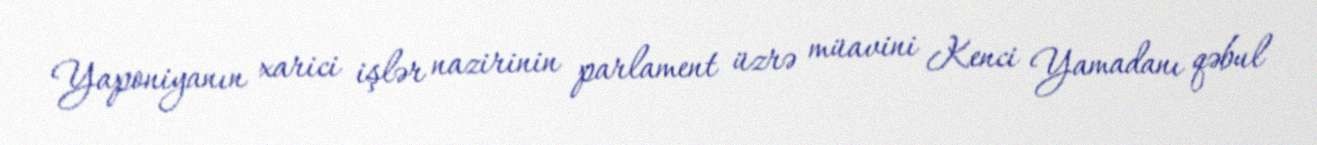
Yaponiyanın xarici işlər nazirinin parlament üzrə müavini Kenci Yamadanı qəbul